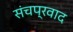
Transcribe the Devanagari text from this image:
संचप्रवाद